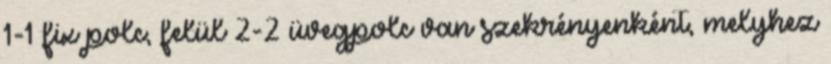
1-1 fix polc, felül 2-2 üvegpolc van szekrényenként, melyhez